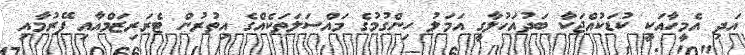
އަދި އެމީހާއަކީ ކުޑަކުއްޖަކާ ބަދުއަހުލާގީ އަމަލު ހިންގުމުގެ މައްސަލަތަކެއްގެ އިތުރުން ޓެރަރިޒަމްއާއި ފޭރުމާއި